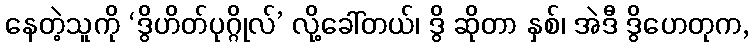
နေတဲ့သူကို ‘ဒွိဟိတ်ပုဂ္ဂိုလ်’ လို့ခေါ်တယ်၊ ဒွိ ဆိုတာ နှစ်၊ အဲဒီ ဒွိဟေတုက,